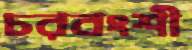
চরবংশী